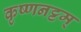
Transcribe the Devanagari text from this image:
कृष्णनट्टम्